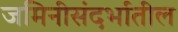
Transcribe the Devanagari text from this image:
जमिनीसंदर्भातील